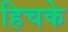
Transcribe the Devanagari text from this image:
हिचके